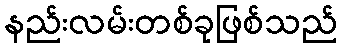
နည်းလမ်းတစ်ခုဖြစ်သည်